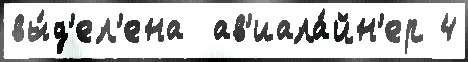
вы́д'ел'ена  ав'иала́йн'ер 4